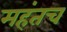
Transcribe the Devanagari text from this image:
महंतच